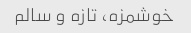
خوشمزه، تازه و سالم